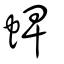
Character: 蜱